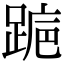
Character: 𬦺